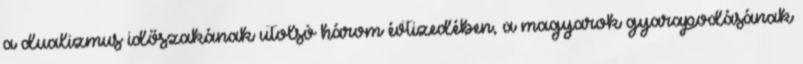
a dualizmus időszakának utolsó három évtizedében, a magyarok gyarapodásának